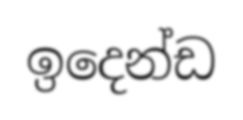
ඉදෙන්ඩ